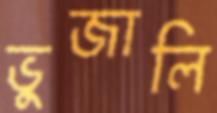
ভুজালি